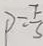
P = \frac { F } { s }